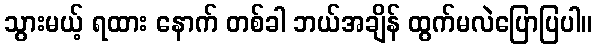
သွားမယ့် ရထား နောက် တစ်ခါ ဘယ်အချိန် ထွက်မလဲပြောပြပါ။